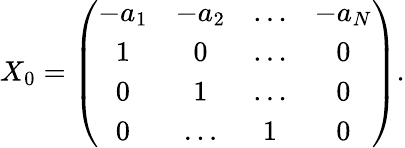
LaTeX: X_{0}=\left(\begin{array}{cccc}{{-a_{1}}}&{{-a_{2}}}&{{\dots}}&{{-a_{N}}}\\ {{1}}&{{0}}&{{\dots}}&{{0}}\\ {{0}}&{{1}}&{{\dots}}&{{0}}\\ {{0}}&{{\dots}}&{{1}}&{{0}}\end{array}\right).